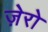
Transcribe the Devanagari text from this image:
ज़ेरो